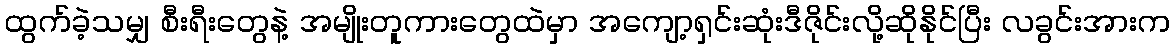
ထွက်ခဲ့သမျှ စီးရီးတွေနဲ့ အမျိုးတူကားတွေထဲမှာ အကျော့ရှင်းဆုံးဒီဇိုင်းလို့ဆိုနိုင်ပြီး လခွင်းအားက